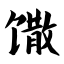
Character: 馓